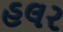
હલર